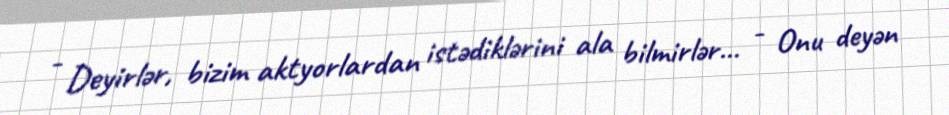
- Deyirlər, bizim aktyorlardan istədiklərini ala bilmirlər... - Onu deyən